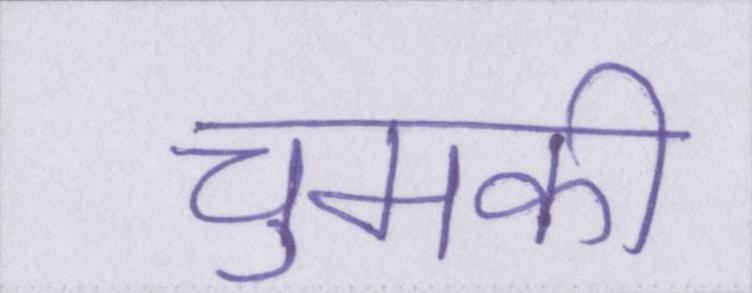
चुमकी